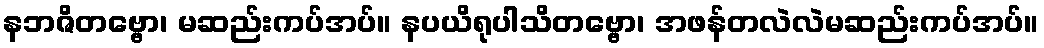
နဘဇိတဗ္ဗော၊ မဆည်းကပ်အပ်။ နပယိရုပါသိတဗ္ဗော၊ အဖန်တလဲလဲမဆည်းကပ်အပ်။